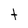
Character: t